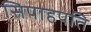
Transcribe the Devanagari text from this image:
सिपाहपति